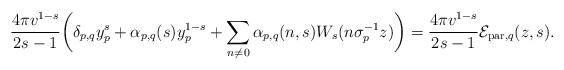
\begin{align*}\frac{4\pi v^{1-s}}{2s-1}\bigg(\delta_{p,q}y_{p}^{s}+\alpha_{p,q}(s)y_{p}^{1-s}+\sum_{n\not = 0}\alpha_{p,q}(n,s)W_{s}(n\sigma_{p}^{-1}z)\bigg)=\frac{4\pi v^{1-s}}{2s-1}\mathcal{E}_{\mathrm{par},q}(z,s).\end{align*}